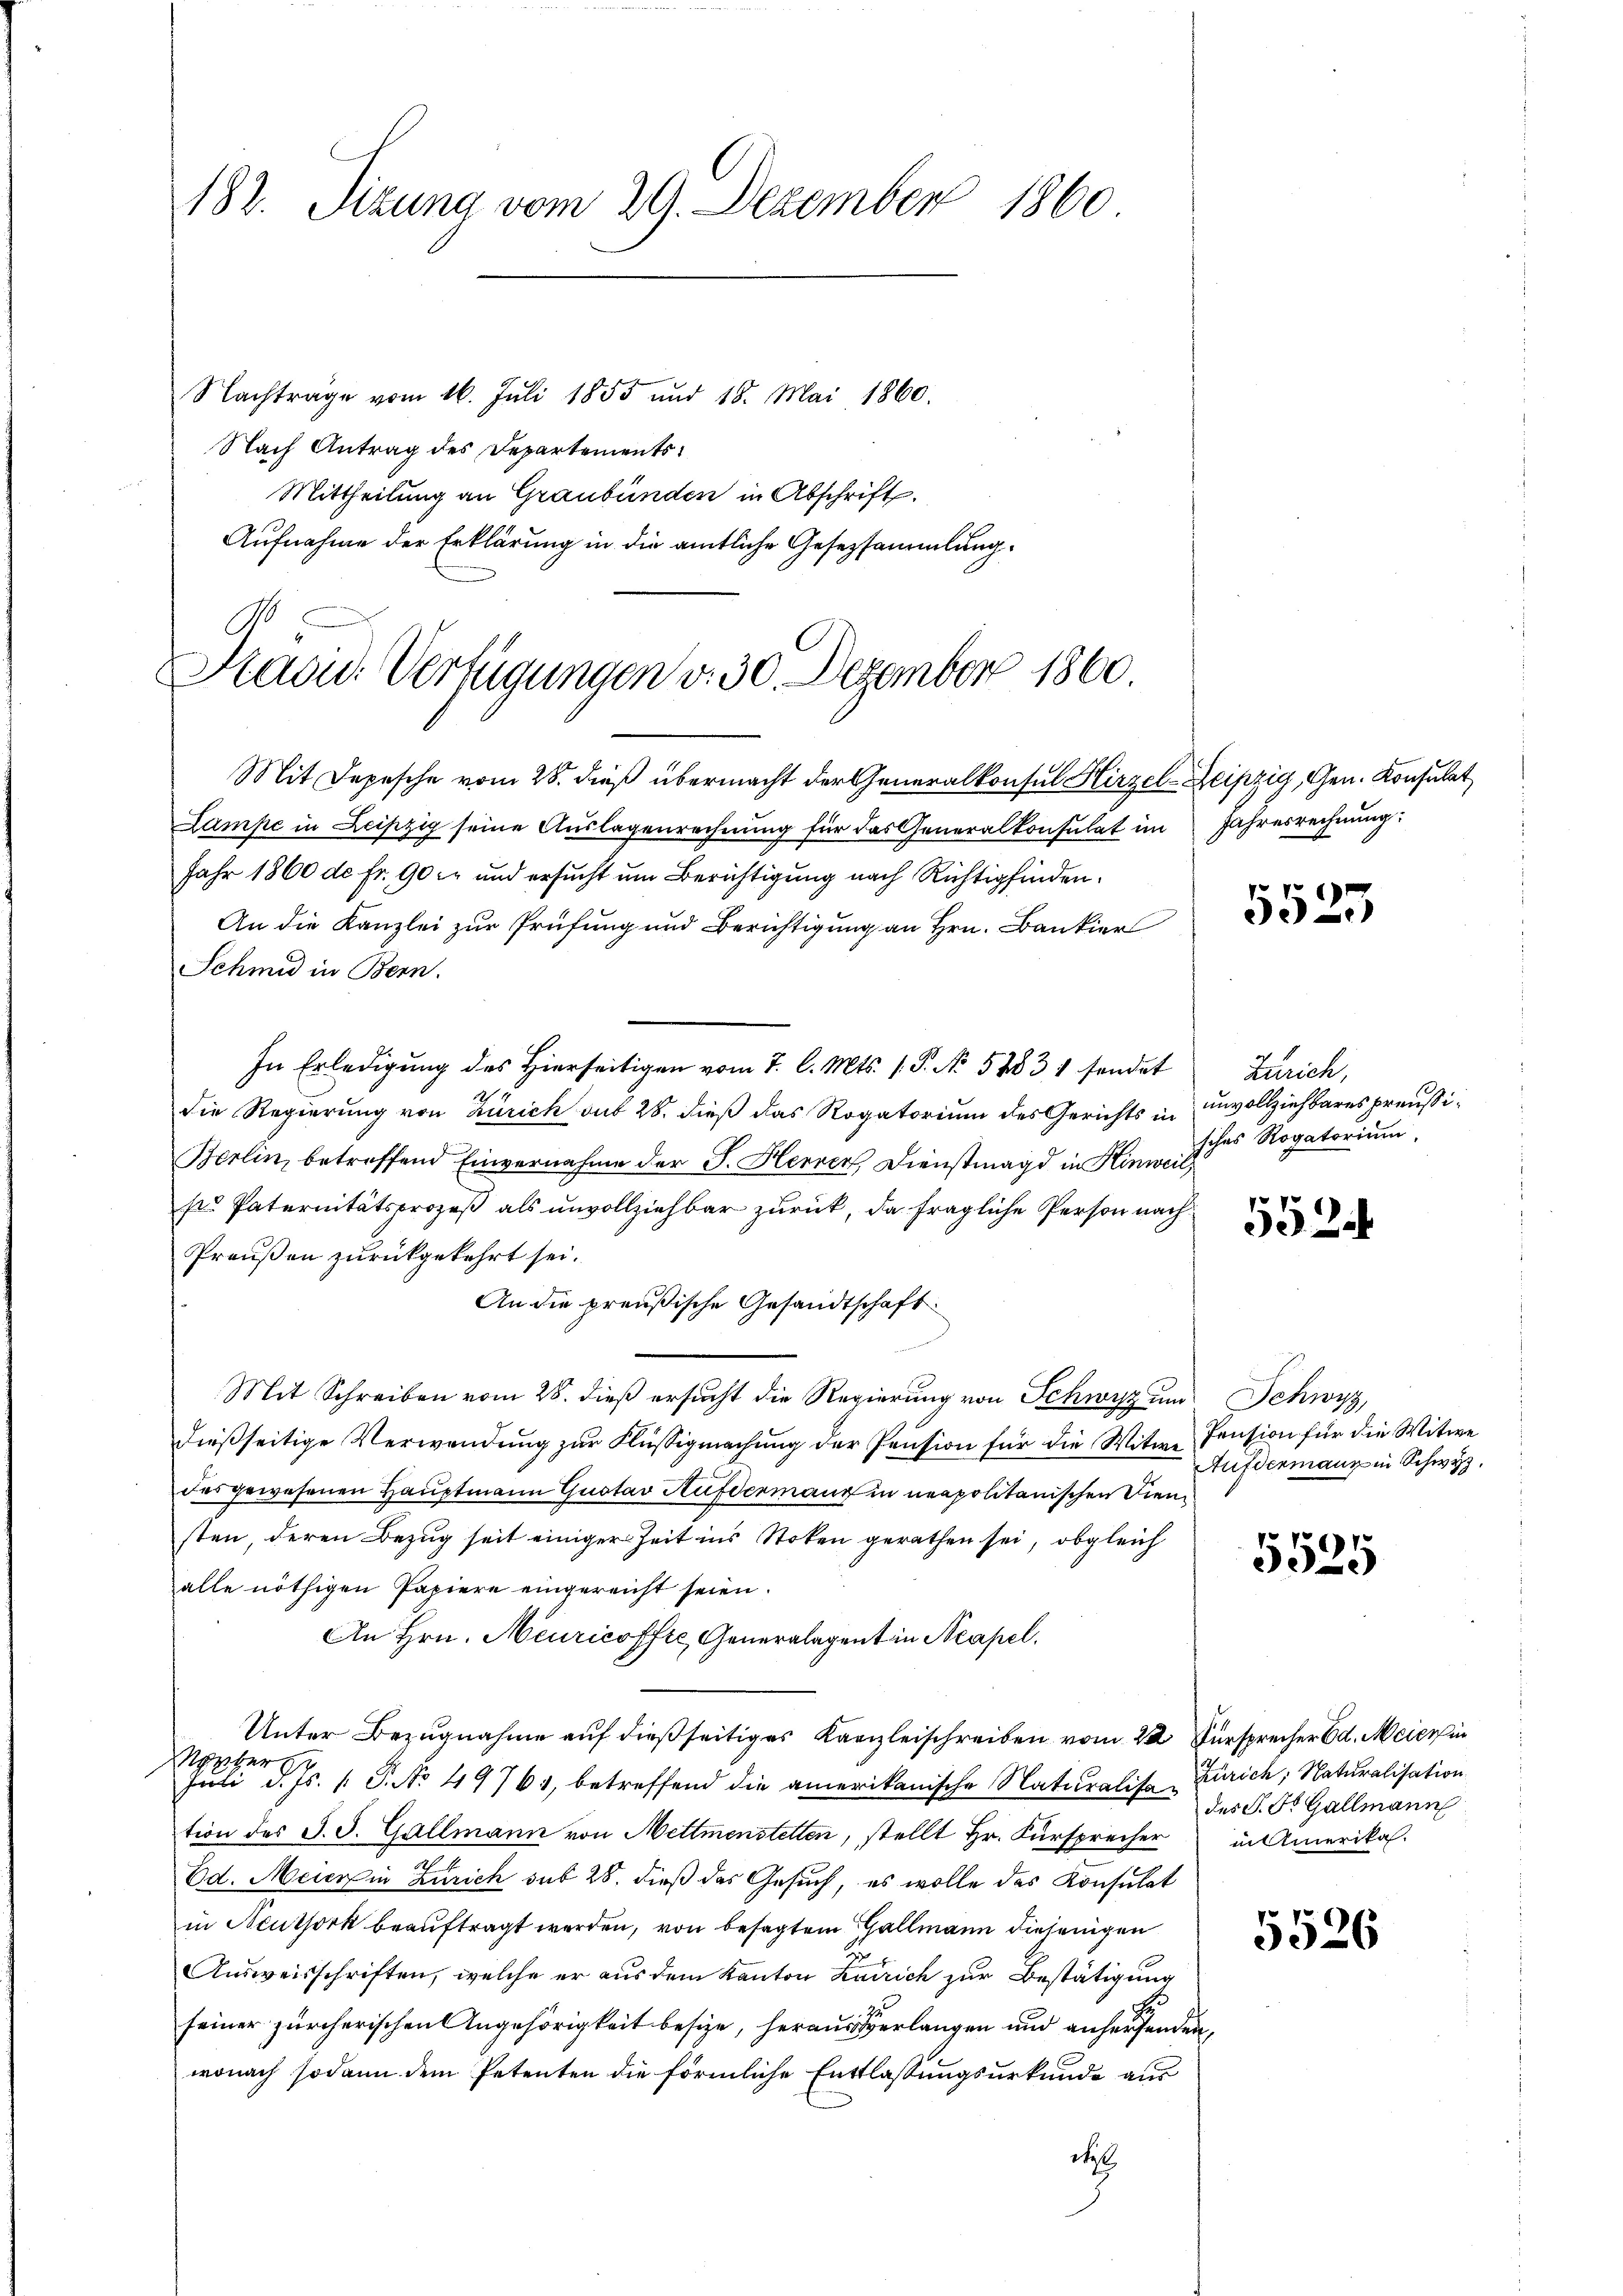
182. Sizung vom 29. Dezember 1860
Nachträge vom 16. Juli 1855 und 18. Mai 1860.

Nach Antrag des Departements
Mittheilung an Graubünden in Abschrift.
Aufnahme der Erklärung in die amtliche Gesetzsammlung.
Mit Depesche vom 28. dieß übermacht der Generalkonsul Hirzel-Leipzig, Gen. Konsulat
Lampe in Leipzig seine Auslagenrechnung für das Generalkonsulat im Jahresrechnung:
Jahr 1860 de Fr. 90 f. und ersucht um Berichtigung nach Richtigfinden.
An die Kanzlei zur Prüfung und Berichtigung an Hrn. Bankier
Schmid in Bern.
In Erledigung des Hierseitigen vom 7. l. Mts. 1. P. No 5283 1 sendet
die Regierung von Zürich sub 28. dieß das Rogatorium des Gerichts in
Berlin, betreffend Einvernahme der J. Herren Dienstmagd in Hinweil,
s Paternitätsprozeß als unvollziehbar zurück, da fragliche Person nach¬
Preußen zurückgekehrt sei.
An die preußische Gesandtschaft
Mit Schreiben vom 28. dieß ersucht die Regierung von Schwyz und Schwyz,
dießseitige Verwendung zur Flüssigmachung der Pension für die Witwe
das gewesenen Hauptmann Gustav Aufdermann in neapolitanischen Diensten, deren Bezug seit einiger Zeit ins Stoken gerathen sei, obgleich
alle nöthigen Papiere eingereicht seien.
An Hrn. Meuricoffte Generalagent in Neapel.
Unter Bezugnahme auf dießseitiges Kanzleischreiben vom 22. Fürsprecher Ed. Meier in
enberg
Juli d. Js. k. P. No 49761, betreffend die amerikanische Naturalite Zürich, Naturalisation
tion des J. J. Gallmann von Mettmenstetten, stellt Hr. Fürsprecher
Ed. Meier in Zürich sub 28. dieß das Gesuch, es wolle das Konsulat
in Authork beauftragt werden, von besagtem Gallmann diejenigen
Ausweisschriften, welche er aus dem Kanton Zürich zur Bestätigung
seiner zürcherischen Angehörigkeit besize, heraus verlangen und anhersenden,
wonach sodann dem Petenten die förmliche Entlassungsurkunde aus
de

Kadu. Verfügungen v. 30. Dezember 1860.

)
55)

Zürich,
unvollziehbares preußisches Rogatorium,

552.

Pension für die Witwe
Aufdermann in Schwyz.

5525

des S. St. Gallmann
in Amerika.

5526